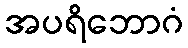
အပရိဘောဂံ